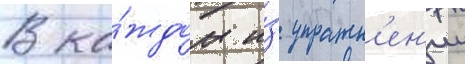
В ка́ждом и́з упражн'ен'ии